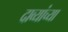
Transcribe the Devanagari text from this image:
दाव्यांच्या